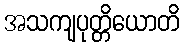
အသကျပုတ္တိယောတိ